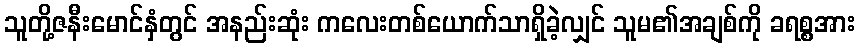
သူတို့ဇနီးမောင်နှံတွင် အနည်းဆုံး ကလေးတစ်ယောက်သာရှိခဲ့လျှင် သူမ၏အချစ်ကို ခရစ္စအား